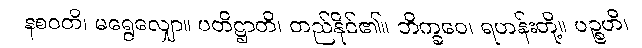
နစဝတိ၊ မရွေလျှော။ ပတိဋ္ဌာတိ၊ တည်နိုင်၏။ ဘိက္ခဝေ၊ ရဟန်းတို့။ ပဉ္စဟိ၊